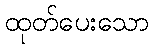
ထုတ်ပေးသော